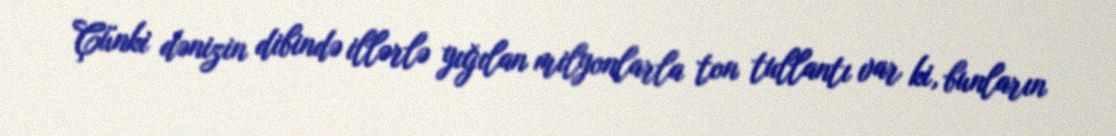
Çünki dənizin dibində illərlə yığılan milyonlarla ton tullantı var ki, bunların